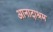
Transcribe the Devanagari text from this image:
आनादाश्रम